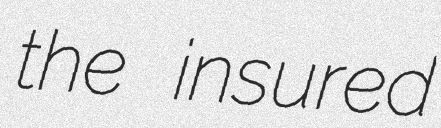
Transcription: the insured